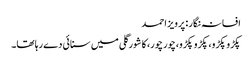
افسانہ نگار : پرویز احمد
پکڑو پکڑو، پکڑو پکڑو،چور چور، کا شورگلی میں سنائی دے رہا تھا۔